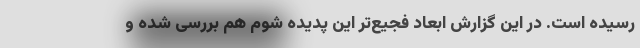
رسیده است. در این گزارش ابعاد فجیع‌تر این پدیده شوم هم بررسی شده و